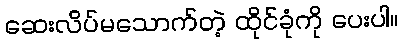
ဆေးလိပ်မသောက်တဲ့ ထိုင်ခုံကို ပေးပါ။